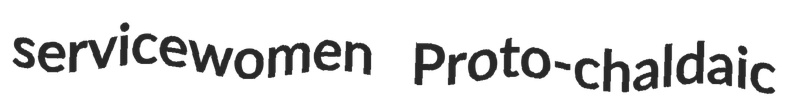
servicewomen Proto-chaldaic